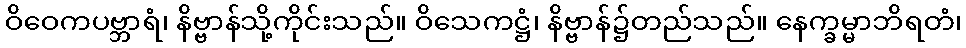
ဝိဝေကပဗ္ဘာရံ၊ နိဗ္ဗာန်သို့ကိုင်းသည်။ ဝိသေကဋ္ဌံ၊ နိဗ္ဗာန်၌တည်သည်။ နေက္ခမ္မာဘိရတံ၊